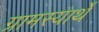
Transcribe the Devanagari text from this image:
ग्रामस्यार्थे